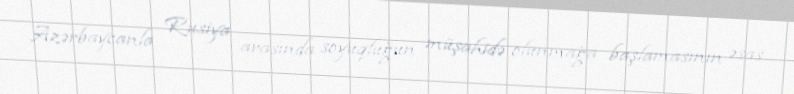
Azərbaycanla Rusiya arasında soyuqluğun müşahidə olunmağa başlamasının əsas